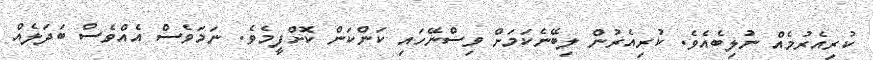
ކުރިއެރުމެއް ނުލިބެއެވެ. ކުރިއެރުން ލިބޭނެކަމަށް ވިސްނޭހައި ކަންކަން ކޮށްފީމެވެ. ނަމަވެސް އެއްވެސް ބަދަލެއް